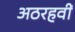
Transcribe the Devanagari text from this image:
अठरहवीं